system: You are a helpful assistant.
user:
Analyze the provided spectrum to determine if it is a **"Cataclysmic Variables (CV)"**.

- **Key Indicators for CV (Check for either state):**
    - **State 1: Quiescent / Low-State (Emission-Dominated)**
        - **(Primary):** Strong and *very broad* Hydrogen Balmer emission lines (e.g., $H\alpha$ at 6563 Å, $H\beta$ at 4861 Å). The 'broadness' (high velocity dispersion, often FWHM > 1000 km/s) is the key diagnostic, indicating a high-velocity accretion disk.
        - **(Secondary):** Broad neutral Helium (He I) emission lines (e.g., 5876 Å, 6678 Å).
        - **(Key Confirmation):** Presence of high-excitation *ionized* Helium (He II) emission at 4686 Å. This is a strong indicator of accretion onto a white dwarf.
        - **(Line Profile):** Emission lines may exhibit a 'double-peaked' profile, which is a classic signature of a rotating accretion disk viewed at high inclination.

    - **State 2: Outburst / High-State (Absorption-Dominated)**
        - **(Primary):** Spectrum is dominated by a bright, blue continuum (looks like a hot star).
        - **(Secondary):** The emission lines from State 1 are weak, absent, or 'filled in', and are replaced by broad, shallow *absorption* lines (primarily Balmer and He I).
        - **(Morphology):** The overall spectrum mimics a hot B/A-type star. The crucial difference is that the absorption lines are significantly broader, shallower, and more 'washed-out' (or 'smeared') than the sharp lines of a normal stellar photosphere, due to high rotational speeds and pressure broadening in the disk.

Think first, call **spectral_visualization_tool** if needed to examine features in detail, then provide your final answer. Your response must adhere to the following strict rules:
1.  **Overall Structure:** Your response must follow the format `<think>...</think> <tool_call>...</tool_call> (if a tool is used) <answer>...</answer>`.
2.  **Tool Usage Constraint:** You may only make **one** tool call per turn.
3.  **Final Answer Format:** In the `<answer>` tag, your conclusion must be inside a `\boxed{}` command (e.g., `\boxed{YES}`), followed by your justification.

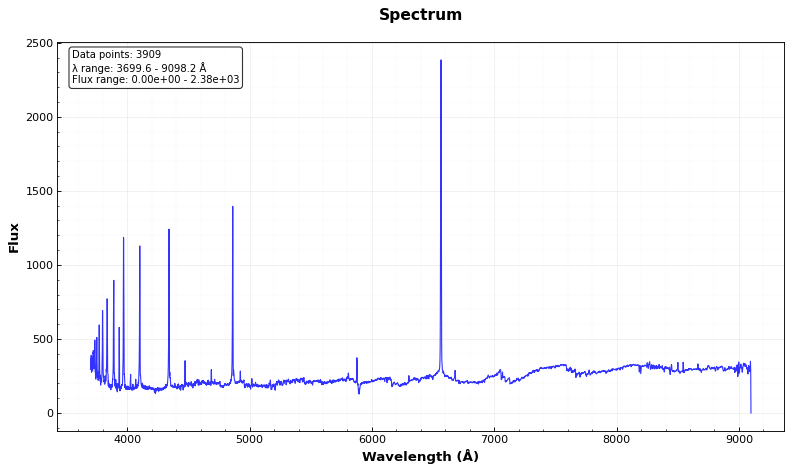
Answer: NO